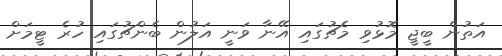
އަތުން ބީޖީ މޮޅުވި މެޗުގައި އޭނާ ވަނީ އަލުން ބެންޗުގައި ހުރެ ޓީމަށް